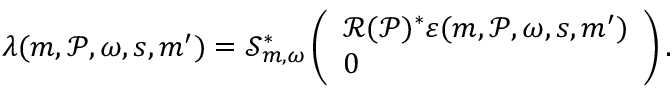
\begin{array} { r } { \lambda ( \boldsymbol { m } , \mathcal { P } , \omega , s , \boldsymbol { m } ^ { \prime } ) = \mathscr { S } _ { \boldsymbol { m } , \omega } ^ { * } \left( \begin{array} { l } { \mathcal { R } ( \mathcal { P } ) ^ { * } \boldsymbol { \varepsilon } ( \boldsymbol { m } , \mathcal { P } , \omega , s , \boldsymbol { m } ^ { \prime } ) } \\ { 0 } \end{array} \right) . } \end{array}